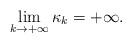
LaTeX: \begin{align*}\lim_{k\rightarrow+\infty}\kappa_k=+\infty.\end{align*}